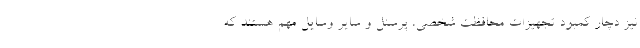
نیز دچار کمبود تجهیزات محافظت شخصی، پرسنل و سایر وسایل مهم هستند که